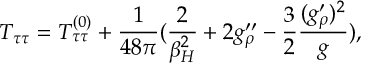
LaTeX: T _ { \tau \tau } = T _ { \tau \tau } ^ { ( 0 ) } + { \frac { 1 } { 4 8 \pi } } ( { \frac { 2 } { \beta _ { H } ^ { 2 } } } + 2 g _ { \rho } ^ { \prime \prime } - { \frac { 3 } { 2 } } { \frac { ( g _ { \rho } ^ { \prime } ) ^ { 2 } } { g } } ) ,